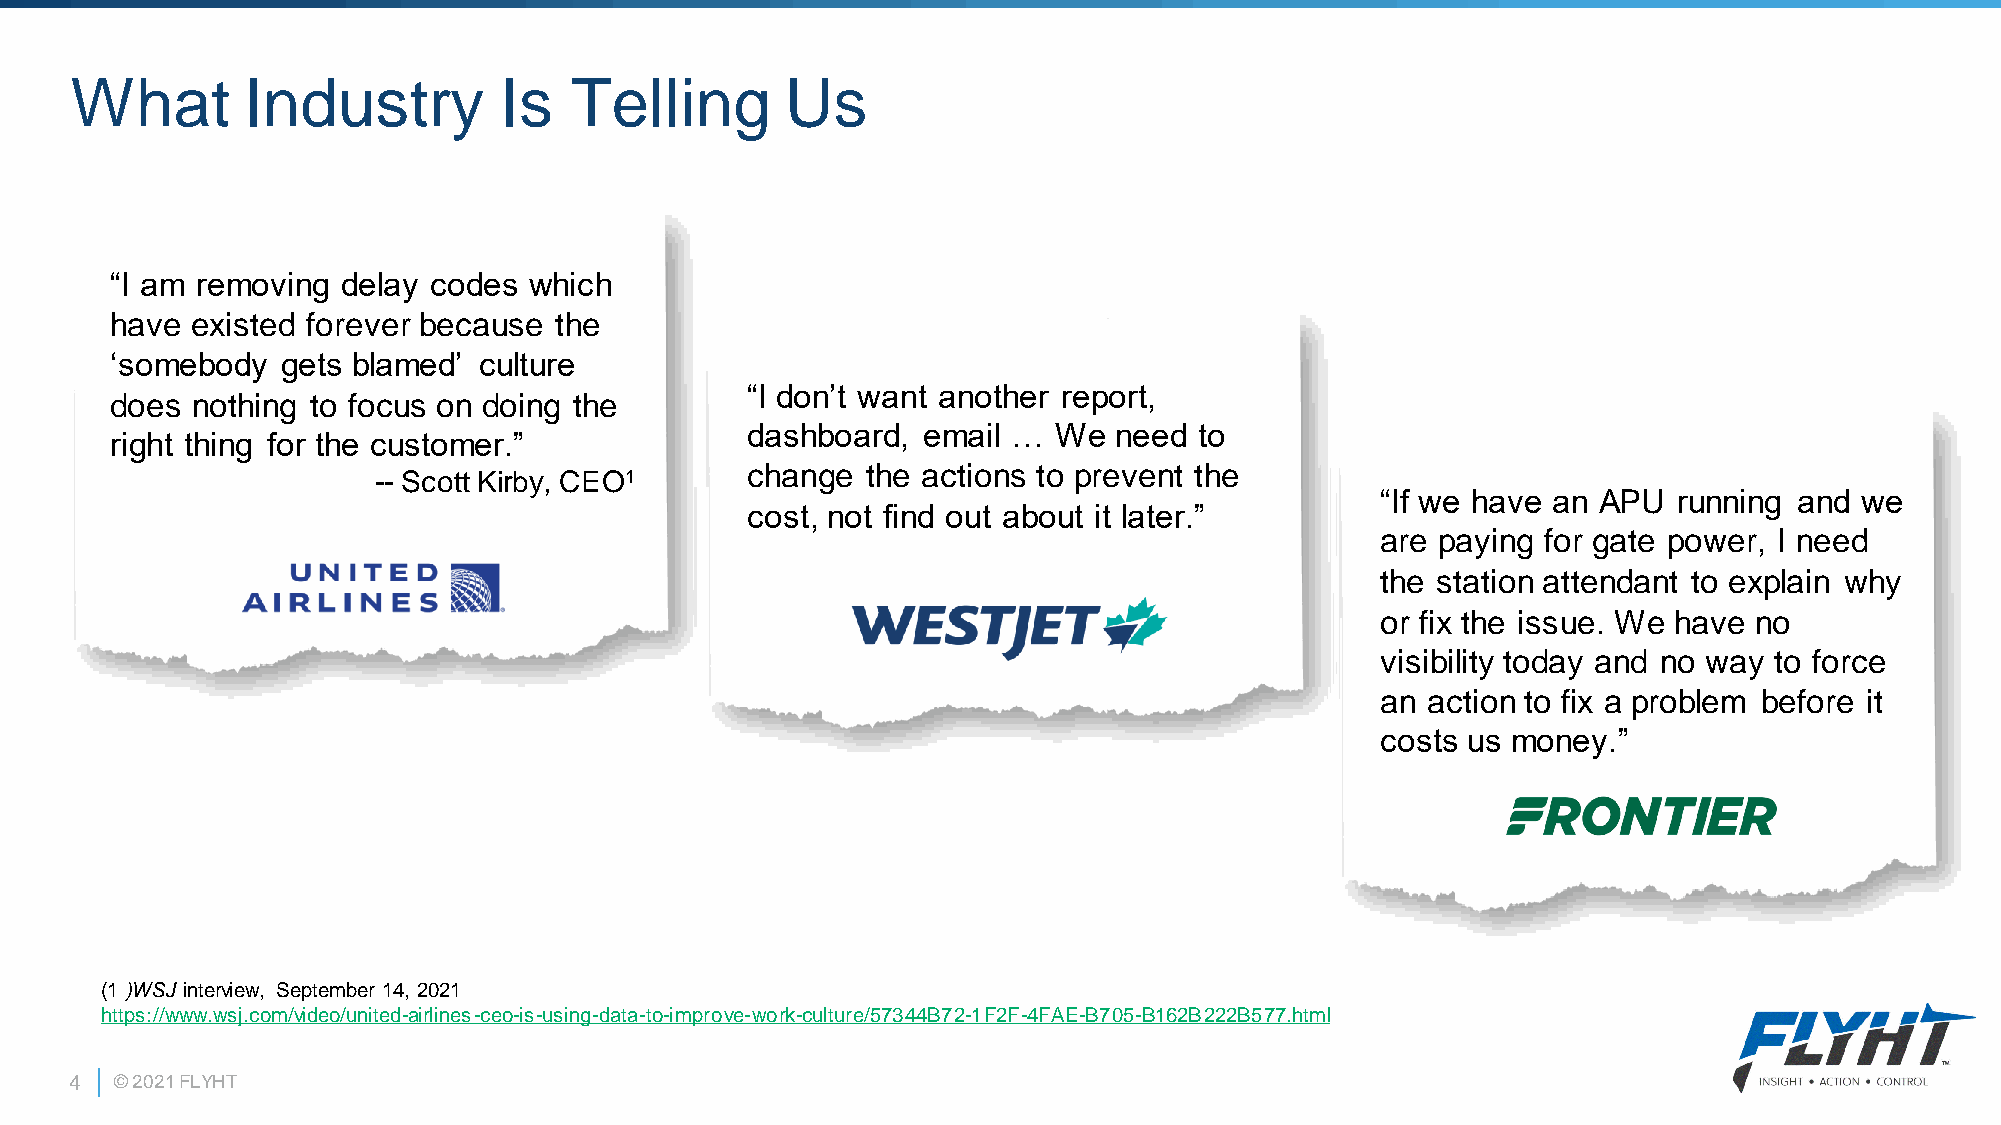
What       Industry         Is   Telling       Us
 “I am removing  delay codes which
 have  existed forever because the
 ‘somebody   gets blamed’ culture
 “I don’t want another report,
 does  nothing to focus on doing the
 dashboard,  email …  We  need to
 right thing for the customer.”
 change  the actions to prevent the
 -- Scott Kirby, CEO1
 “If we have an APU  running and we
 cost, not find out about it later.”
 are paying for gate power, I need
 the station attendant to explain why
 or fix the issue. We have no
 visibility today and no way to force
 an action to fix a problem before it
 costs us money.”
 (1 )WSJ interview, September 14, 2021
 https://www.wsj.com/video/united-airlines-ceo-is-using-data-to-improve-work-culture/57344B72-1F2F-4FAE-B705-B162B222B577.html
 4  © 2021 FLYHT